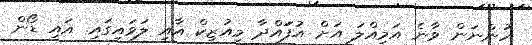
ހުންނަން ވާނެ އަމިއްލަ އަށް އުފަައްދާ މިއުޒިކް އާއި ލަވައިގައި. އައި ޑޯން